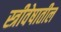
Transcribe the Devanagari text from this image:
स्त्रीवेषातील